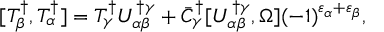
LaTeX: [ { \cal T } _ { \beta } ^ { \dagger } , { \cal T } _ { \alpha } ^ { \dagger } ] = { \cal T } _ { \gamma } ^ { \dagger } U _ { \alpha \beta } ^ { \dagger \gamma } + \bar { C } _ { \gamma } ^ { \dagger } [ U _ { \alpha \beta } ^ { \dagger \gamma } , \Omega ] ( - 1 ) ^ { \varepsilon _ { \alpha } + \varepsilon _ { \beta } } ,